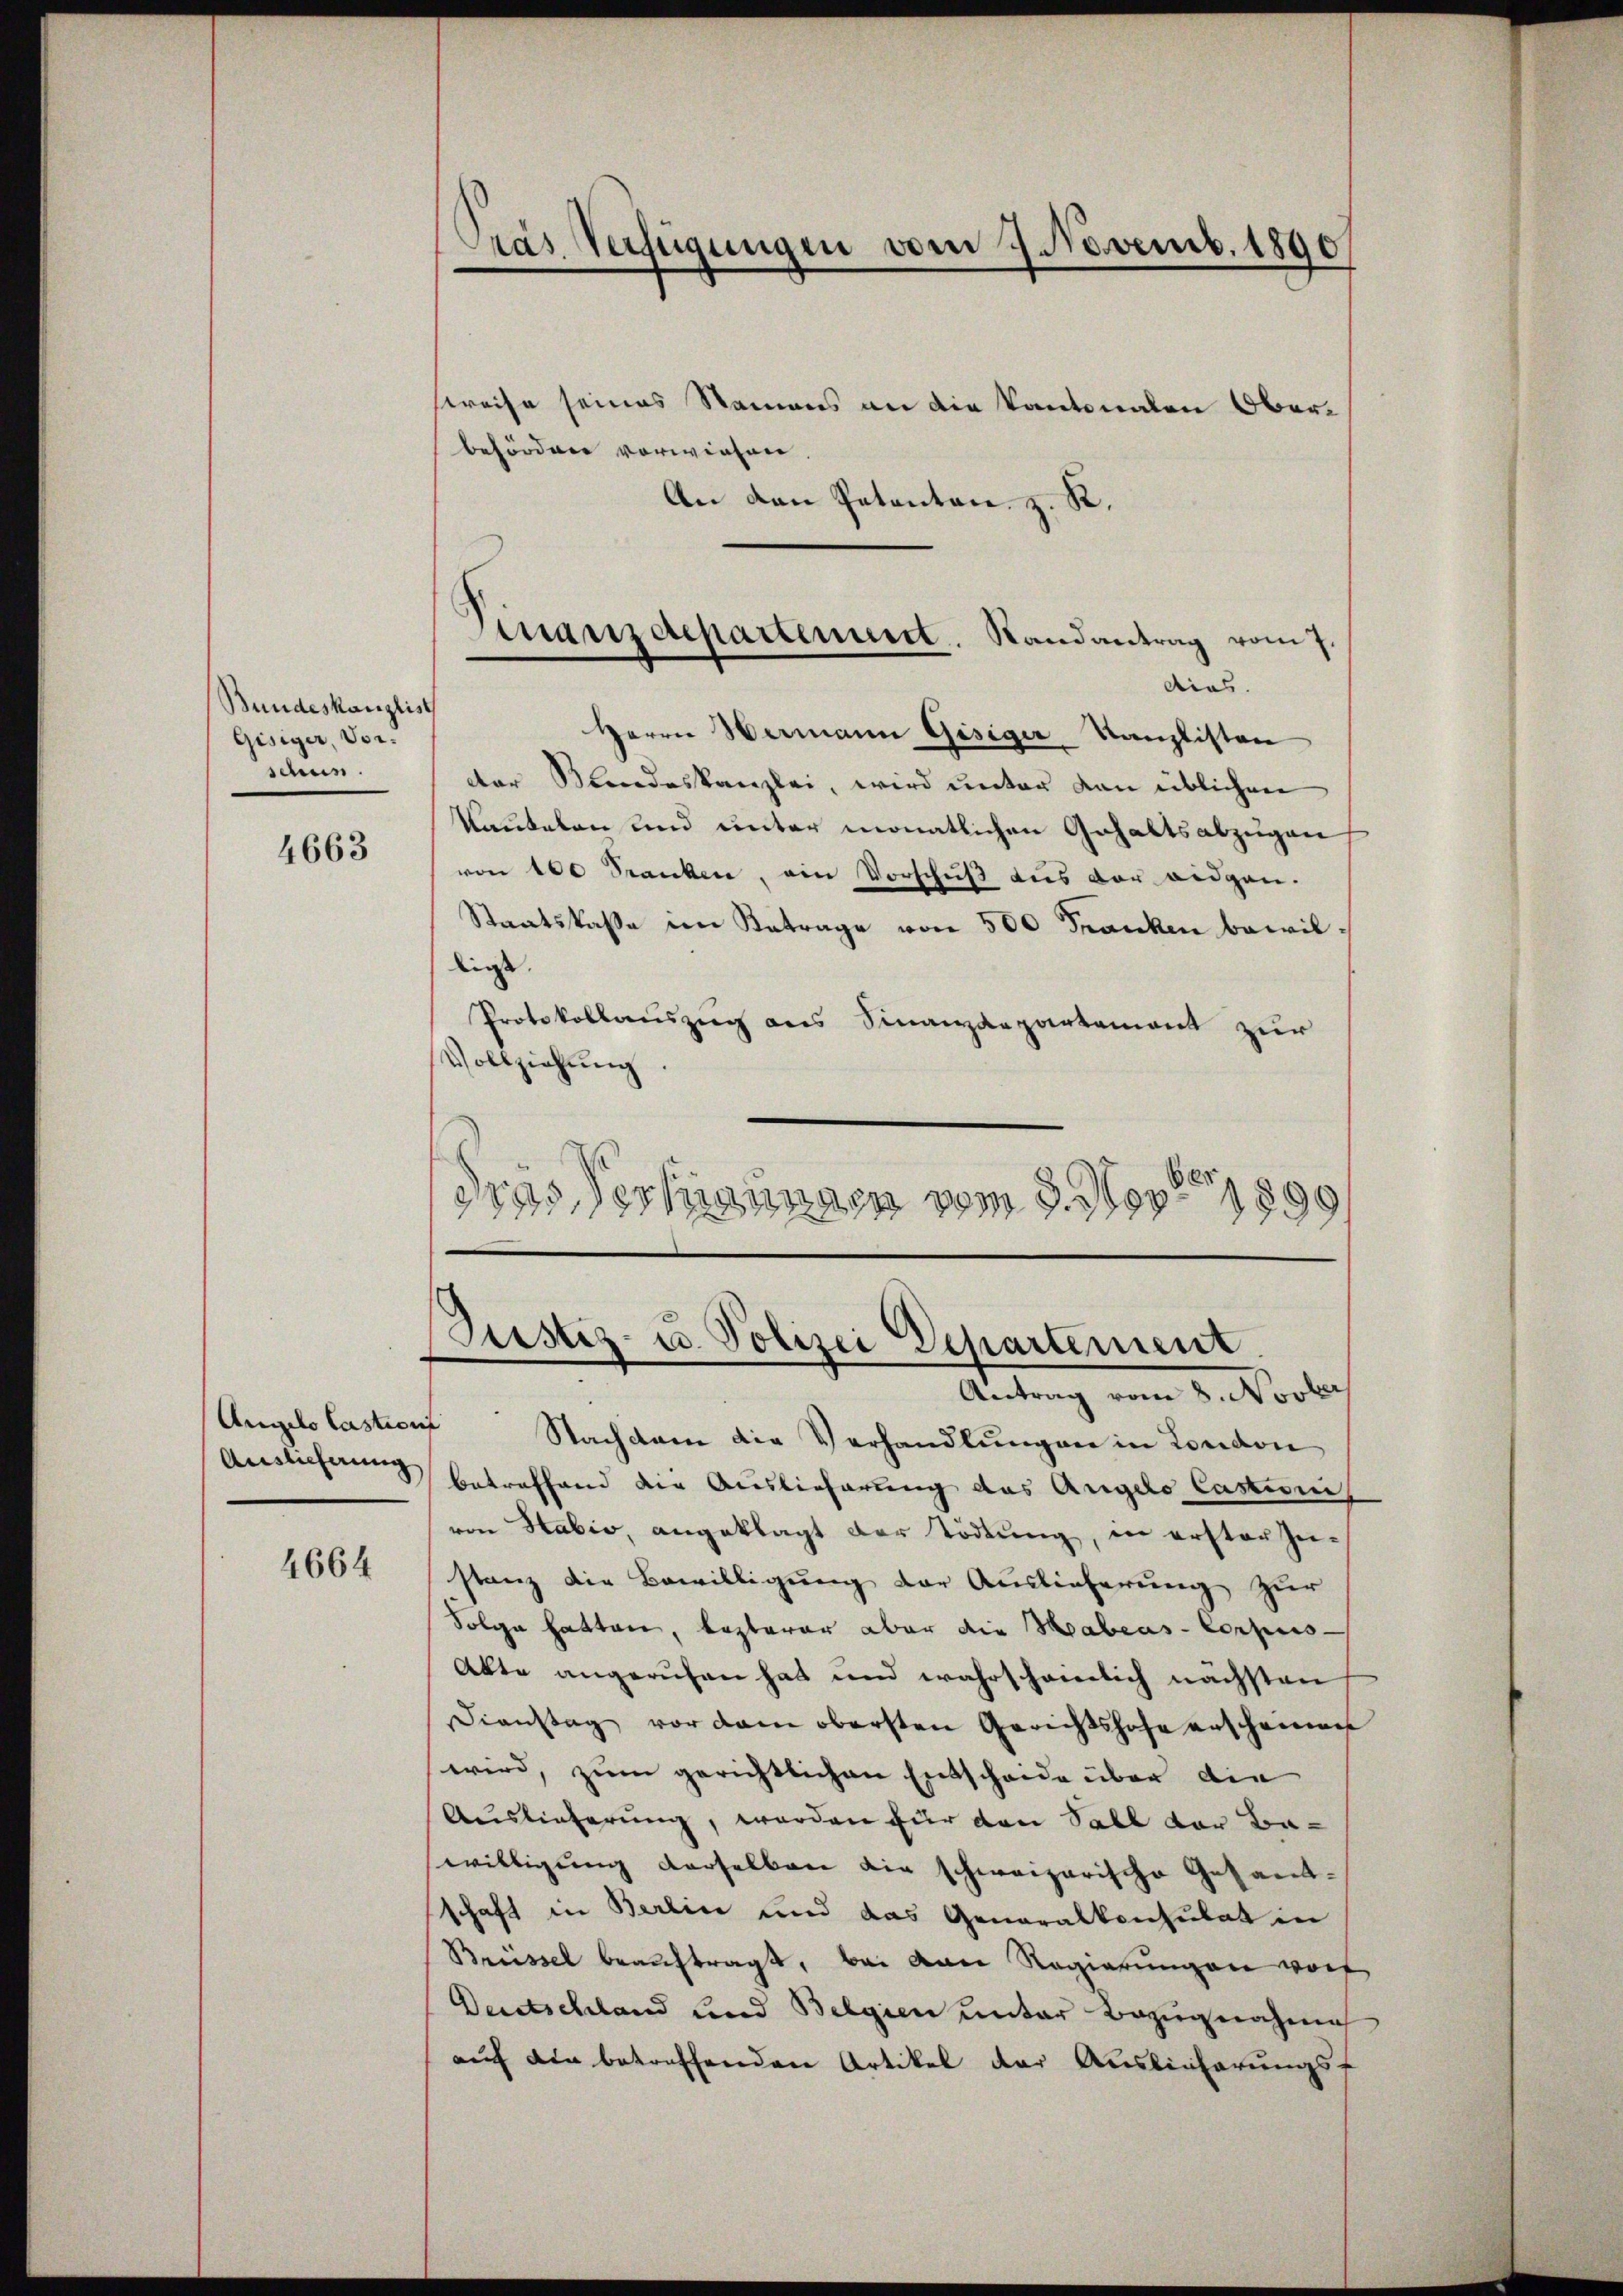
Bundeskanzlist
Gisiger, Vorsame.

4663

Auslieferung

4664

sreise seines Namens an die Kantonalen Oberbefördener vorwiesen.
An den Petenten, z. R.
diias.
Herrn Wermann Gisiger Kanzlisten
der Bundeskanzlei, wird unter von üblichen
kaukelen und unter monatlichen Gehaltsabzügen
von 100 Franken, ein Vorschuß aus der eidgen.
Staatskasse im Betrage von 500 Franken bewilligt.
Protokollauszug aus Finanzdepartement zur
Vollziehung.
dras Verkannten vom 9. Nov. 1890

Präs. Verfügungen vom 7. Novemb. 1890

Finanzdepartement. Randantrag vom 7.

Justiz- u. Polizei Departement,
Antrag vom 8. Novber

Angelolastian Nachdem die Verhandlungen in London
betreffend die Auslieferung des Angelo Castioni
von Habio, angeklagt der Tödtung, in erster Zustanz die Bewilligung der Auslieferung zur
Folge hatten, lezterer aber die Habeas- Corpus-
Akte angerufen hat und wahrscheinlich nächsten
Dienstag vor dem obersten Gerichtshofe anscheinan
wird, zum gerichtlichen Entscheide über die
Auslieferung, werden für den Sabl der Bawilligung derselben die schweizerische Gesamt-
schaft in Berlin und das Generalkonsulat in
Breissel beauftragt, bei von Regierungen worf
Deutschland und Belgien unter Bezugnahmen
auf die betreffenden Artikel der Auslieferungsf